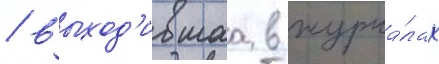
/ выход'ившаа в журна́лах